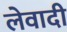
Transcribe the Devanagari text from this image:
लेवादी